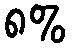
၈%